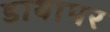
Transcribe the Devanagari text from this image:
डायापर